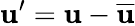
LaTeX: \mathbf{u}^{\prime}=\mathbf{u}-{\overline{{{\mathbf{u}}}}}